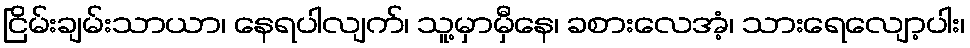
ငြိမ်းချမ်းသာယာ၊ နေရပါလျက်၊ သူ့မှာမှီနေ၊ ခစားလေအံ့၊ သားရေလျော့ပါး၊